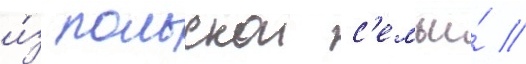
и́з польскои с'емьи́ //